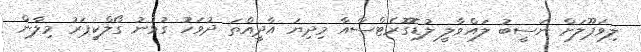
ލިވަޕޫލަށް ނަސީބު ލައްވާލީ ލުޑޮގޮރެޓްސްއާ މިދިޔަ އާދީއްތަ ދުވަހުު ގުޅުނު ގޯލްކީޕަރު މިލާން